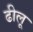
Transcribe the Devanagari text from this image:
ढीलू